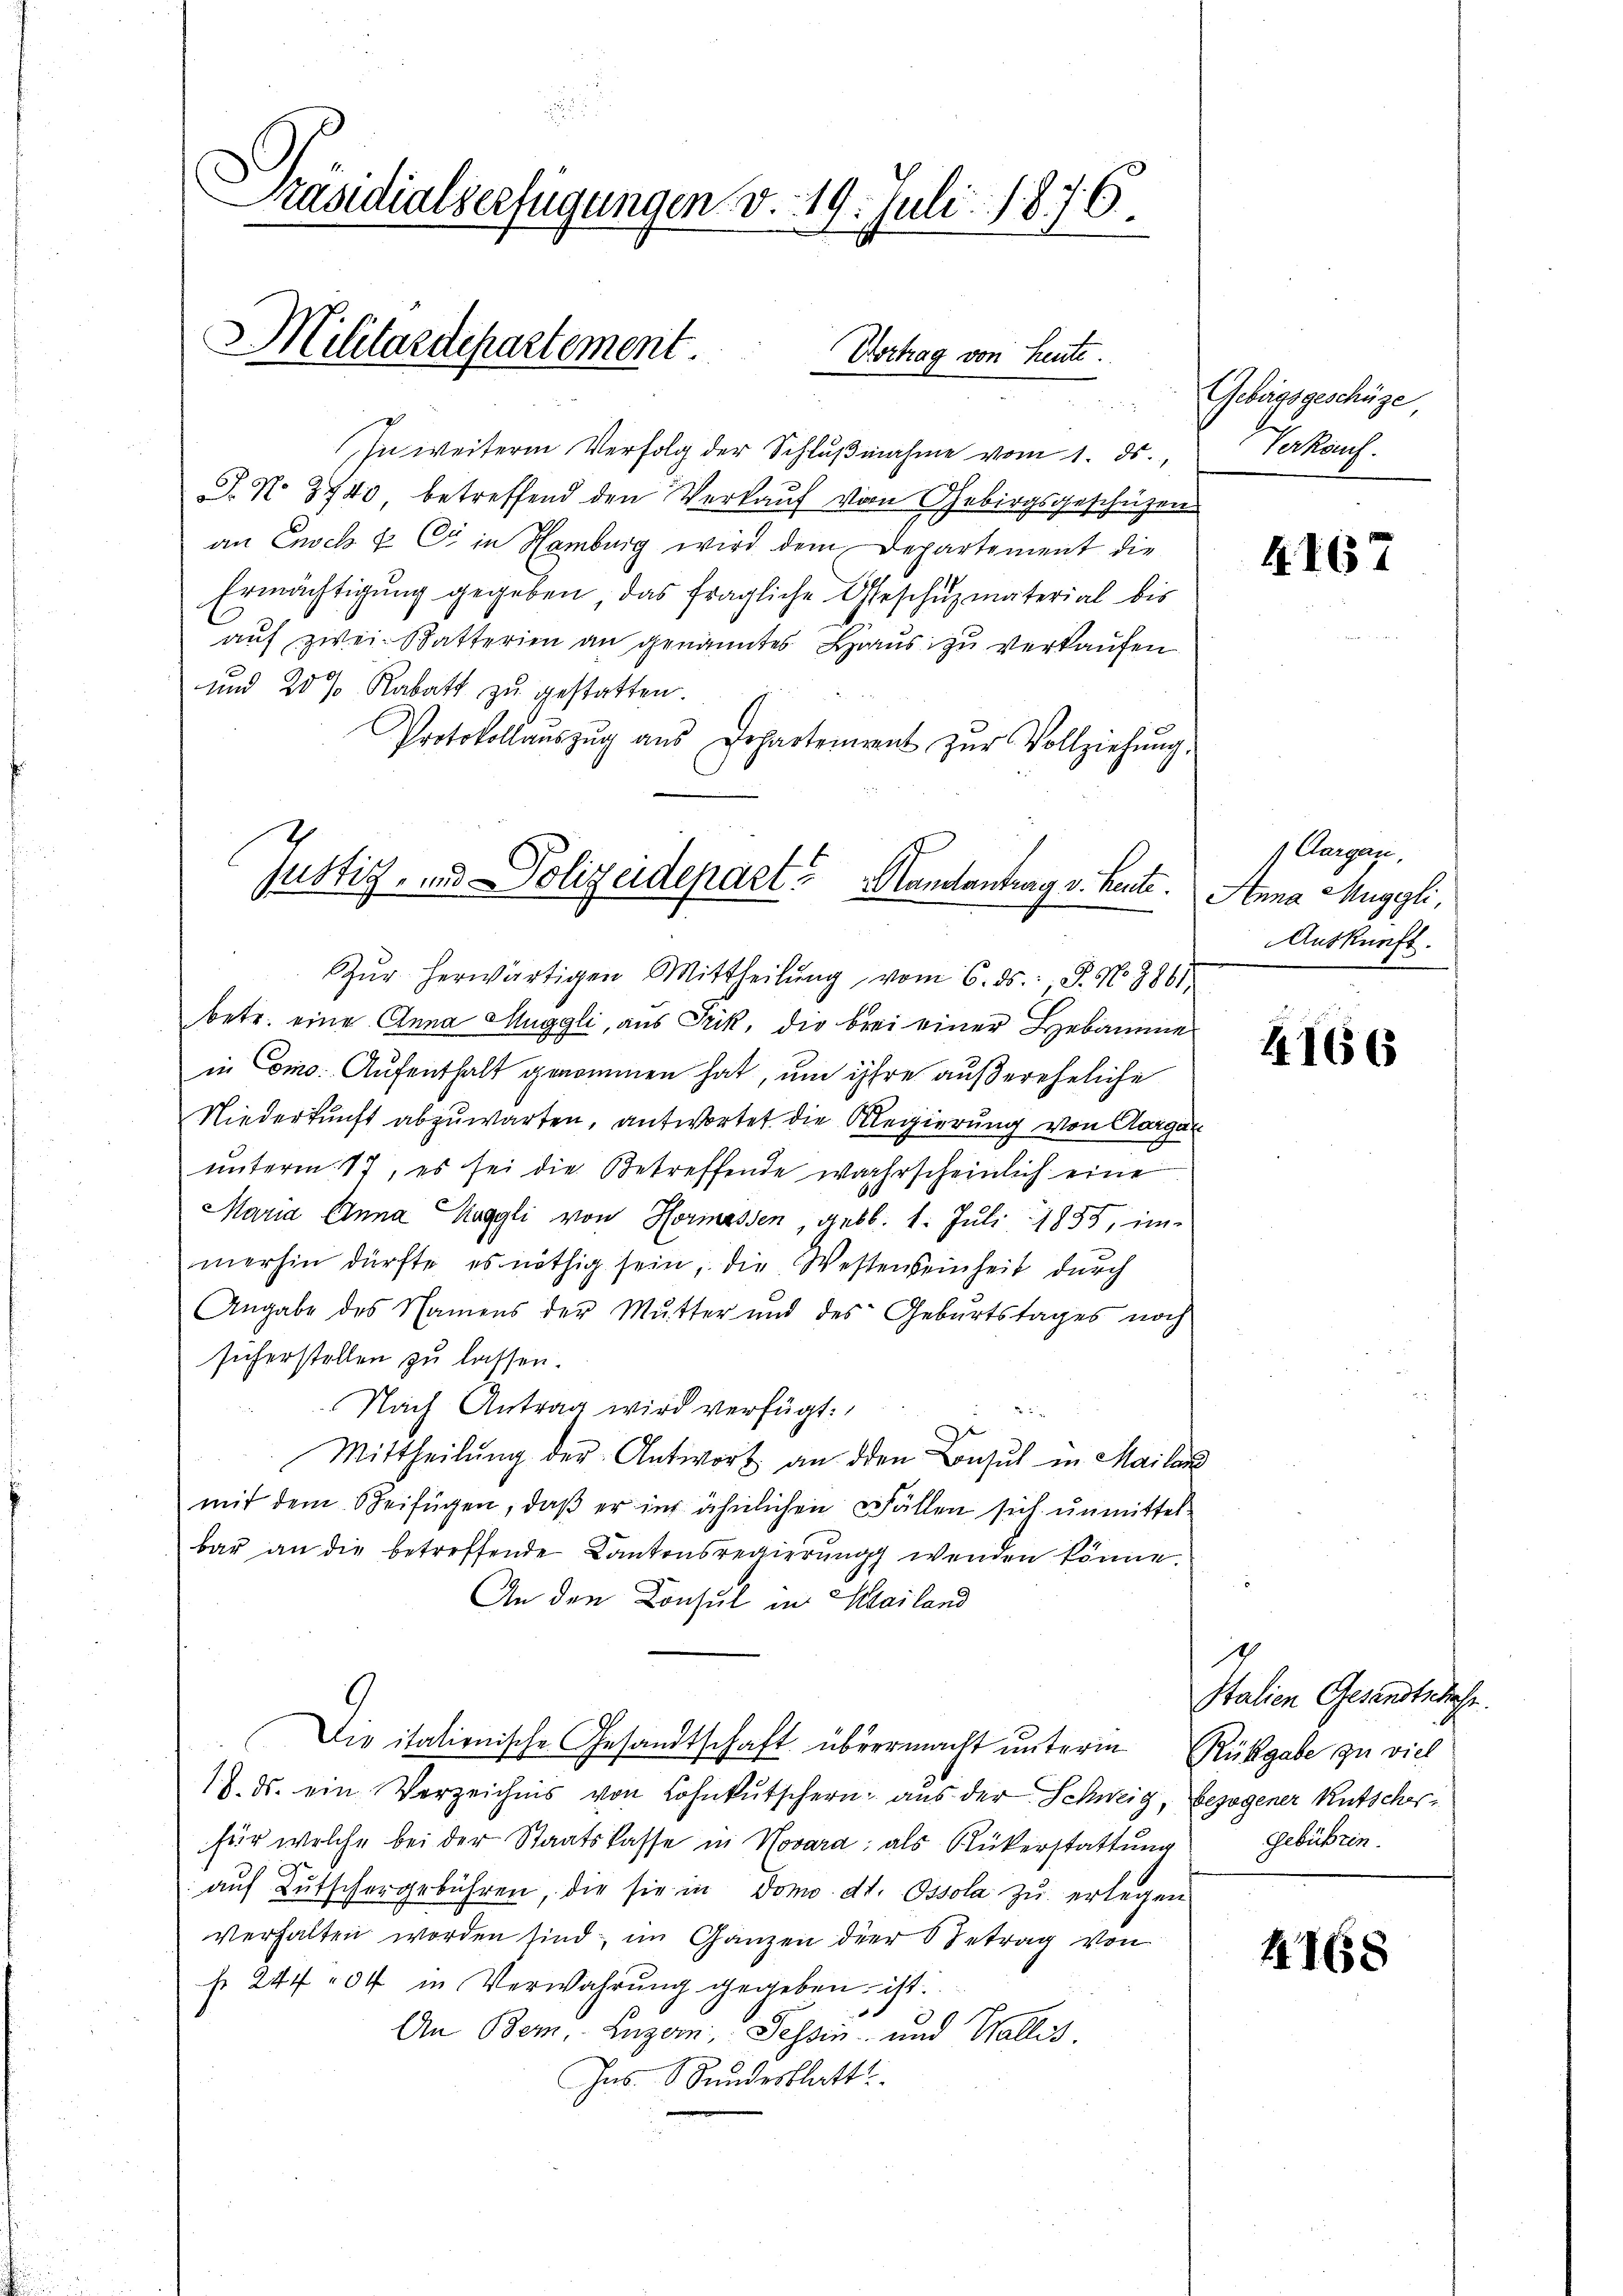
Präsidialverfügungen v. 19. Juli 1876.
Militardepartement
Vortrag von Heute.

i

In weiterm Verfolg der Schlŭβnahme vom 1. ds.,
. N. 3743, betreffend den Verkaŭf von Gebirgsgeschüzen
an Ensch u C in Hamburg wird dem Departement die
Ermächtigung gegeben, das fragliche Geschuzmaterial bis
auf zwei Batterien an genanntes Haus zu verkaufen
und 20% Rabatt zu gestatten.
Protokollaŭszŭg aŭs Departement zŭr Vollziehŭng.
Zŭr herwärtigen Mittheilŭng vom 6. ds., S. N. 3861
betr. eine Anna Muggli, aus Frik, die brei einer Hebamme
in Como. Aufenthalt genommen hat, um ihre außereheliche
Niederkunft abzuwarten, antwortet die Klegierung von Aargau
ŭnterm 17, es sei die Betreffende wahrscheinlich eine
Maria Anna Raggli von Hermassen, geb. 1. Juli 1855, im-
merhin dürfte es nöthig sein, die Westenseinheit durch
Angabe des Namens der Mutter und des Geburtstages noch
sicherstellen zu lassen.
Nach Antrag wird verfügt:
Mittheilŭng der Antwort an den Besuch in Mailan
mit dem Speifügen, daß er in ähnlichen Fällen sich unmittelbar an die betreffende Kantonsregierung wenden könne.
An den Consul in Mailand
Die italienische Gesandtschaft übermacht unterm Rückgabe zu viel
18. ds. ein Verzeichnis von Lohnkutschern aus der Schweig, bezogener Rutschosfür welche bei der Staatskasse in Novara, als Rükerstattung Gebühren.
auf Lutschergebühren, die sie in domo dt. Ossola zu erlegen
verhalten worden sind, im Ganzen der Betrag von
f. 247 " 04 in Verwahrung gegeben ist.
An Bern, Luzern, Tessin und Wallis.
Ins. Stundesblatt

Justiz- und Polizeidepart Handlantrag v. heute. Anna Muggli,

Gebirgsgeschüze,
Verthans.

k. 167

Aargau,
Auskunft.

4166

1
Italien Gesandtschehe.

4168